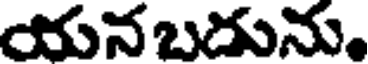
యనబదును.